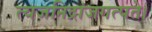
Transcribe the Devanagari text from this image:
त्यजनिद्रांजगत्पते।